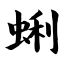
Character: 蜊